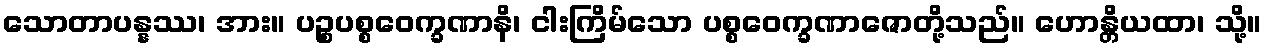
သောတာပန္နဿ၊ အား။ ပဉ္စပစ္စဝေက္ခဏာနိ၊ ငါးကြိမ်သော ပစ္စဝေက္ခဏာဇောတို့သည်။ ဟောန္တိယထာ၊ သို့။